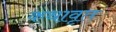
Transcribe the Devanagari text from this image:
कथावृत